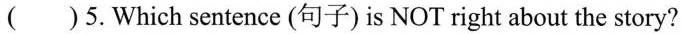
()5.Which sentence (句子) is NOT right about the story?